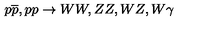
p \overline { { p } } , p p \rightarrow W W , Z Z , W Z , W \gamma